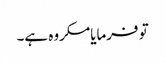
تو فرمایامکروہ ہے۔